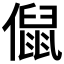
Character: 𠏙